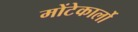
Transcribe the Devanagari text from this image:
मोंटेकार्लो